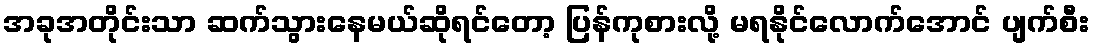
အခုအတိုင်းသာ ဆက်သွားနေမယ်ဆိုရင်တော့ ပြန်ကုစားလို့ မရနိုင်လောက်အောင် ပျက်စီး